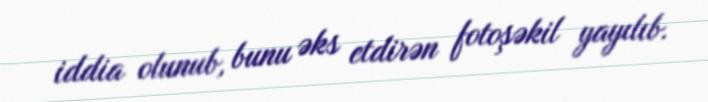
iddia olunub, bunu əks etdirən fotoşəkil yayılıb.